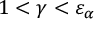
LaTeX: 1 < \gamma < \varepsilon _ { \alpha }